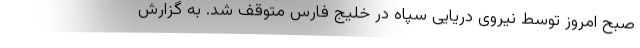
صبح امروز توسط نیروی دریایی سپاه در خلیج فارس متوقف شد. به گزارش